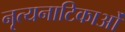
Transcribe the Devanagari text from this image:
नृत्यनाटिकाओं